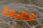
فظيعة